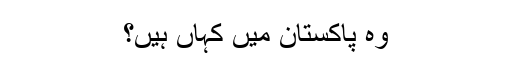
وہ پاکستان میں کہاں ہیں؟